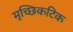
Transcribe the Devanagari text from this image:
मृच्छिकटिक